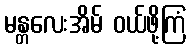
မန္တလေးအိမ် ဝယ်ဖို့ကြံ